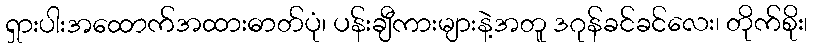
ရှားပါးအထောက်အထားဓာတ်ပုံ၊ ပန်းချီကားများနဲ့အတူ ဒဂုန်ခင်ခင်လေး၊ တိုက်စိုး၊